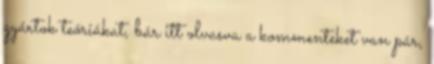
gyártok teóriákat, bár itt olvasva a kommenteket van pár,